V__Kingissepa_nim__kolhoos, lk 82
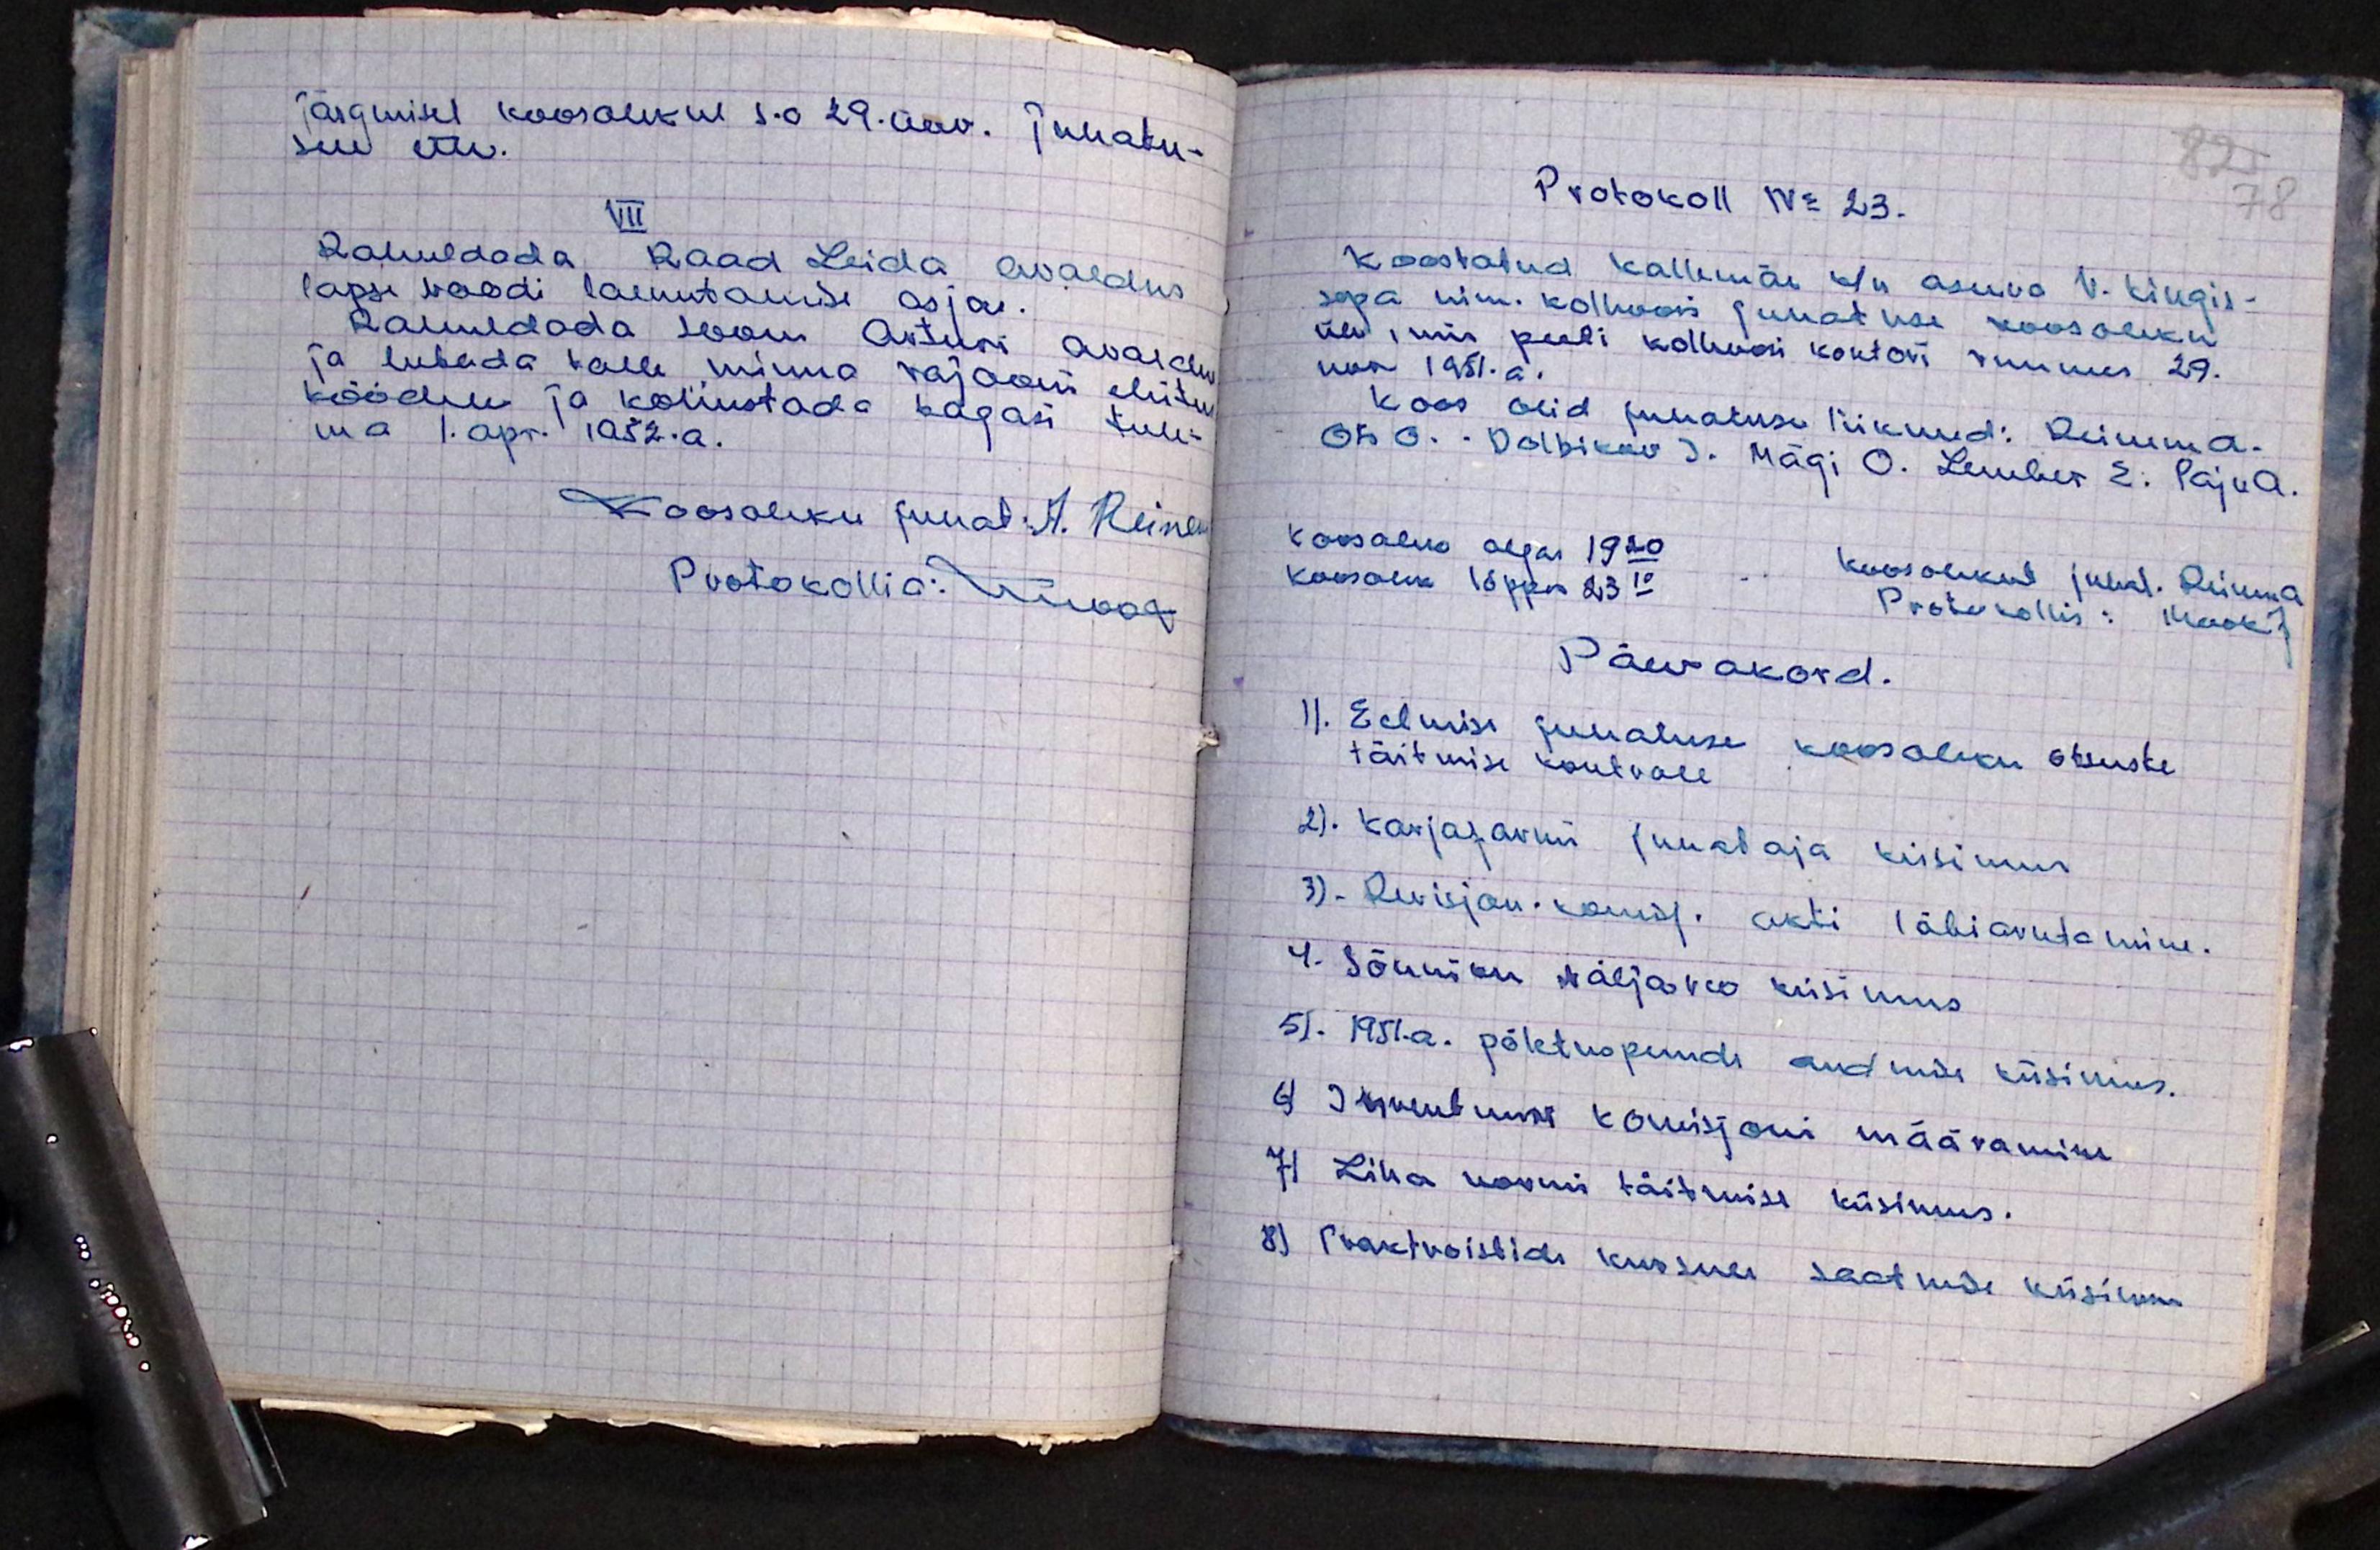
järgmisel koosolekul s.o 29.aav. juhatu-
sele ette.
VII
Rahuldada Raad Leida avaldus
lapse voodi laenutamise asjas.
Rahuldada Soon Arturi avaldus
ja lubada talle minna rajooni ehitus
töödele ja kohustada tagasi tule-
ma 1. apr. 1952.a.
Koosoleku juhat. A. Reinem
Protokollia: ningog

82
78
Protokoll No 23.
koostatud Kallemäe k/n asuva V. Kingis-
sepa nim. kolhoosi juhatuse koosoleku
üle, mis peeti kolhoosi kontori ruumes 29.
nov 1951.a.
Koos olid juhatuse liikmed: Reinem A.
Ots O. Dolbikov J. Mägi O. Lember E. Paju A.
Koosaluk algas 19.20
koosolekut juhat. Reinem A
koosolek lõppes 23.10
Protokollis: Mook J.
Päevakord.
1). Eelmise juhatuse koosoleku otsuste
täitmise kontroll
2). Karjafarmi juhataja küsimus
3). Revisjon komisj. akti läbiarutamine.
4). Sõnniku välja veo küsimus
5). 1951. a. põletuspuude andmis küsimus.
6) Жеменьинъ komisjoni määramine
7) Liha normi täitmise küsimus.
8) Traktoristide koosues saatmise küsimus